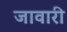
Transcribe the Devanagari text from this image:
जावारी